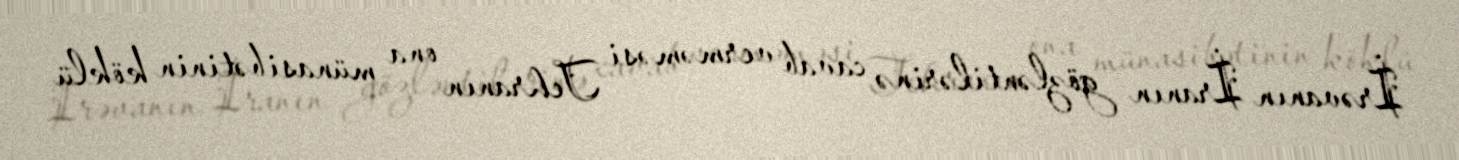
İrəvanın İranın gözləntilərinə cavab verməməsi Tehranın ona münasibətinin köklü